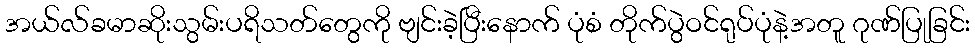
အယ်လ်ခမာဆိုးသွမ်းပရိသတ်တွေကို ဗျင်းခဲ့ပြီးနောက် ပုံစံ တိုက်ပွဲဝင်ရုပ်ပုံနဲ့အတူ ဂုဏ်ပြုခြင်း